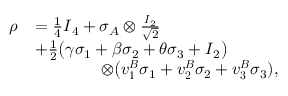
\begin{array} { r l } { \boldsymbol { \rho } } & { = \frac { 1 } { 4 } \boldsymbol { I } _ { 4 } + \sigma _ { A } \otimes \frac { \boldsymbol { I } _ { 2 } } { \sqrt { 2 } } } \\ & { + \frac { 1 } { 2 } \big ( \gamma \sigma _ { 1 } + \beta \sigma _ { 2 } + \theta \sigma _ { 3 } + \boldsymbol { I } _ { 2 } \big ) } \\ & { \qquad \qquad \otimes \big ( \boldsymbol { v _ { 1 } ^ { B } } \sigma _ { 1 } + \boldsymbol { v _ { 2 } ^ { B } } \sigma _ { 2 } + \boldsymbol { v _ { 3 } ^ { B } } \sigma _ { 3 } ) , } \end{array}